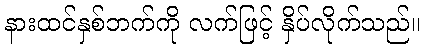
နားထင်နှစ်ဘက်ကို လက်ဖြင့် နှိပ်လိုက်သည်။